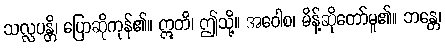
သလ္လပန္တိ၊ ပြောဆိုကုန်၏။ ဣတိ၊ ဤသို့။ အဝေါစ၊ မိန့်ဆိုတော်မူ၏။ ဘန္တေ၊